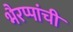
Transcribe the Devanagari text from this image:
भैरप्पांची